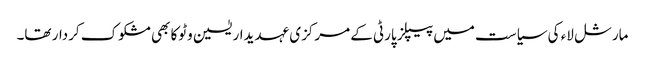
مارشل لاء کی سیاست میں پیپلز پارٹی کے مرکزی عہدیدار یٰسین وٹوکا بھی مشکوک کردار تھا۔